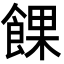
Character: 餜